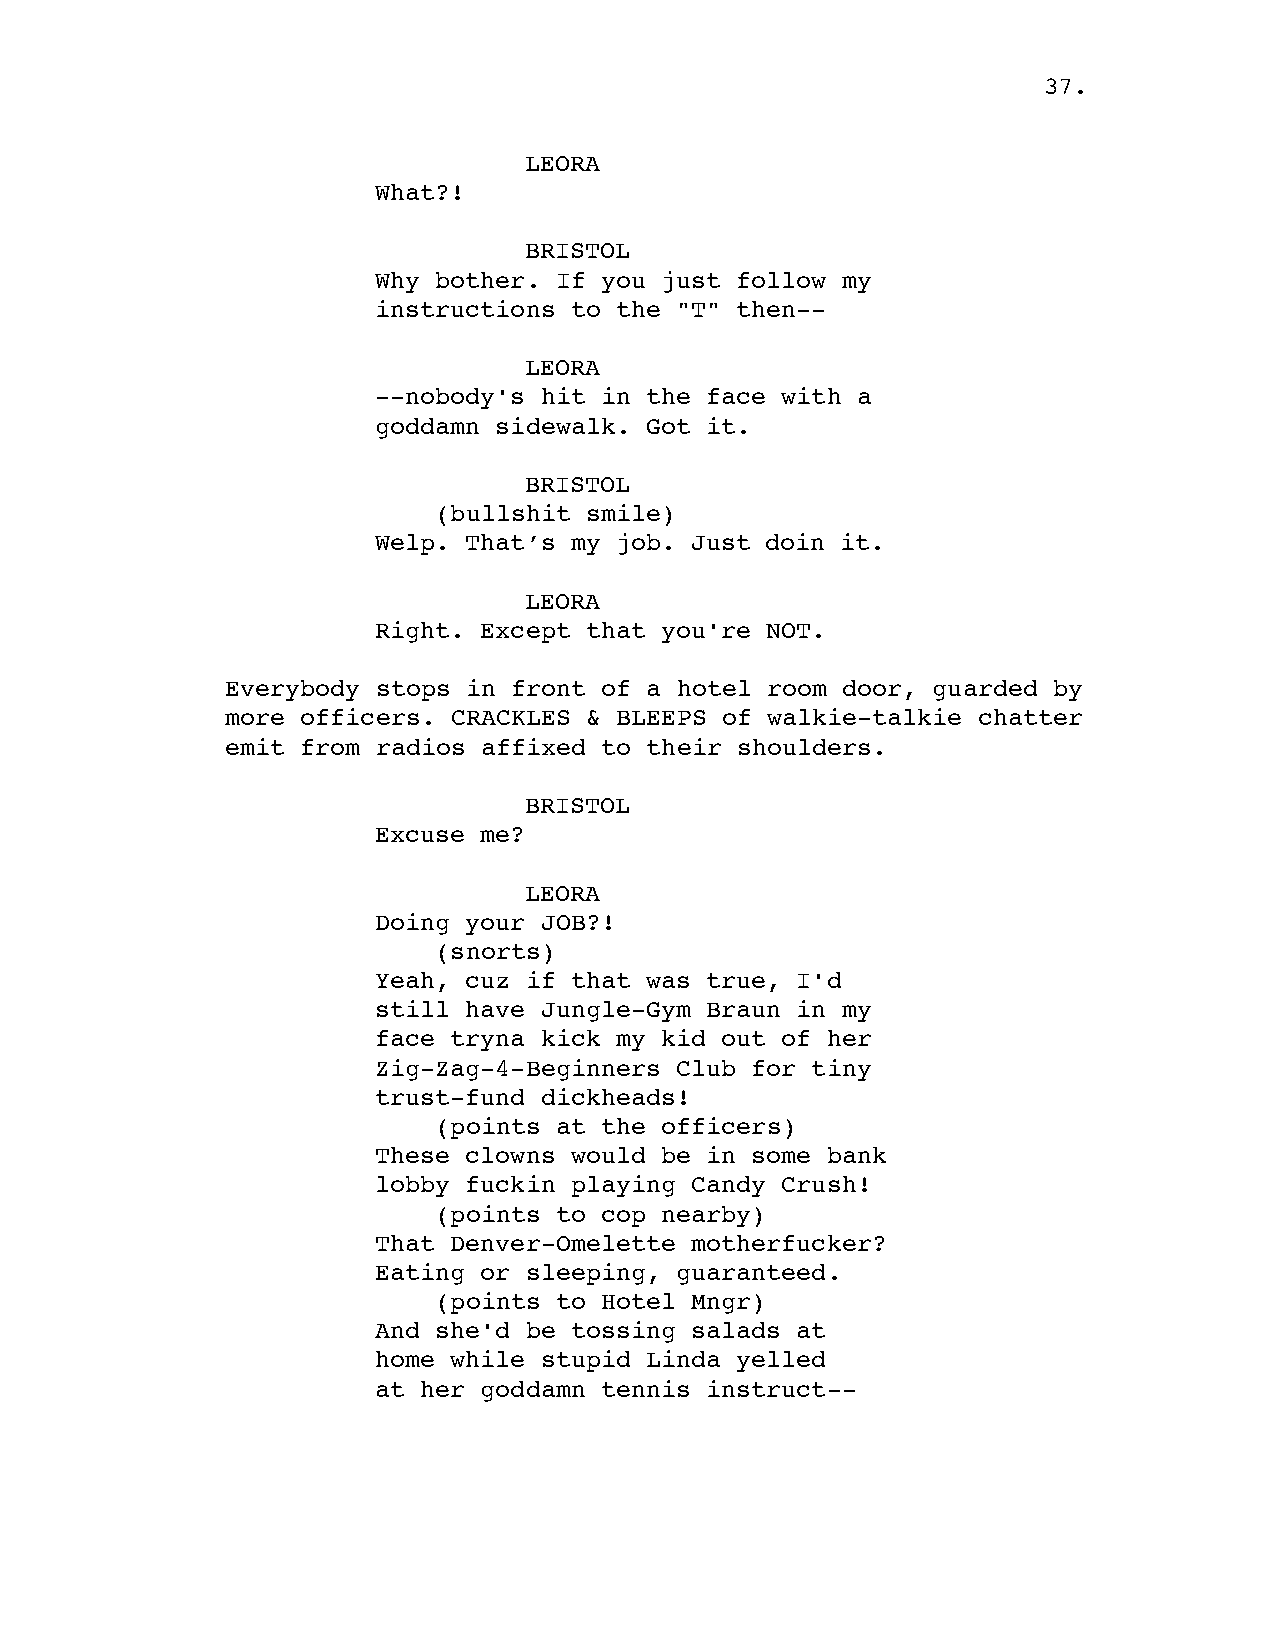
37.
 LEORA
 What?!
 BRISTOL
 Why bother. If you just follow my
 instructions to the "T" then--
 LEORA
 --nobody's hit in the face with a
 goddamn sidewalk. Got it.
 BRISTOL
 (bullshit smile)
 Welp. That’s my job. Just doin it.
 LEORA
 Right. Except that you're NOT.
 Everybody stops in front of a hotel room door, guarded by
 more officers. CRACKLES & BLEEPS of walkie-talkie chatter
 emit from radios affixed to their shoulders.
 BRISTOL
 Excuse me?
 LEORA
 Doing your JOB?!
 (snorts)
 Yeah, cuz if that was true, I'd
 still have Jungle-Gym Braun in my
 face tryna kick my kid out of her
 Zig-Zag-4-Beginners Club for tiny
 trust-fund dickheads!
 (points at the officers)
 These clowns would be in some bank
 lobby fuckin playing Candy Crush!
 (points to cop nearby)
 That Denver-Omelette motherfucker?
 Eating or sleeping, guaranteed.
 (points to Hotel Mngr)
 And she'd be tossing salads at
 home while stupid Linda yelled
 at her goddamn tennis instruct--